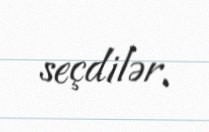
seçdilər.